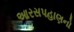
આરસપહાણનો